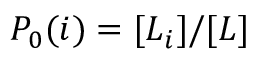
P _ { 0 } ( i ) = [ L _ { i } ] / [ L ]